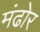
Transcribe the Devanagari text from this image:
मंढोर